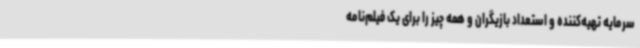
سرمایه تهیه‌کننده و استعداد بازیگران و همه چیز را برای یک فیلم‌نامه